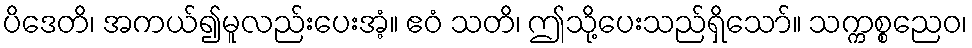
ပိဒေတိ၊ အကယ်၍မူလည်းပေးအံ့။ ဧဝံ သတိ၊ ဤသို့ပေးသည်ရှိသော်။ သက္ကစ္စညေဝ၊